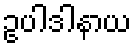
ဥပါဒါနာယ